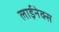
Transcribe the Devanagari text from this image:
लाईनेक्स